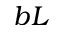
b L